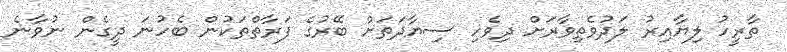
ތާރީހު ލިޔާއިރު ލަދުވެތިވާރަށް ދިވެހި ސިޔާދަތަށް ބޭރުގެ ފަރާތްތަކުން ބެހުނަ ދީގެން ނުވާނެ